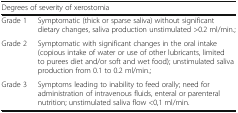
<table><thead><tr><td colspan="2"><b>Degrees of severity of xerostomia</b></td></tr></thead><tbody><tr><td>Grade 1</td><td>Symptomatic (thick or sparse saliva) without significant dietary changes, saliva production unstimulated &gt;0.2 ml/min.;</td></tr><tr><td>Grade 2</td><td>Symptomatic with significant changes in the oral intake (copious intake of water or use of other lubricants, limited to purees diet and/or soft and wet food); unstimulated saliva production from 0.1 to 0.2 ml/min.;</td></tr><tr><td>Grade 3</td><td>Symptoms leading to inability to feed orally; need for administration of intravenous fluids, enteral or parenteral nutrition; unstimulated saliva flow &lt;0,1 ml/min.</td></tr></tbody></table>